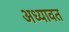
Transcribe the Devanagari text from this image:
अध्यावत